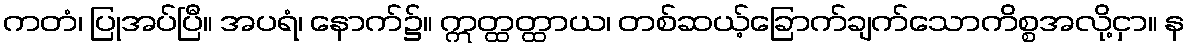
ကတံ၊ ပြုအပ်ပြီ။ အပရံ၊ နောက်၌။ ဣတ္ထတ္ထာယ၊ တစ်ဆယ့်ခြောက်ချက်သောကိစ္စအလို့ငှာ။ န